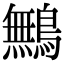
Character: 鷡